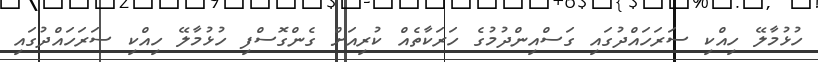
ހުޅުމާލޭ ހިއްކި ސަރަހައްދުގައި ގަސްއިންދުމުގެ ހަރަކާތެއް ކުރިއަށް ގެންގޮސްފި ހުޅުމާލޭ ހިއްކި ސަރަހައްދުގައި